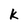
Character: k